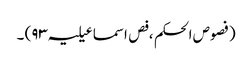
(فصوص الحکم ، فص اسماعیلیہ ۹۳) ۔